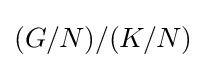
(G/N)/(K/N)